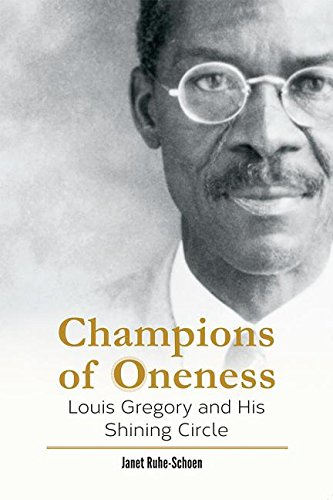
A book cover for Champions of Oneness: Louis Gregory and His Shining Circle; Janet Ruhe-Schoen; Religion & Spirituality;